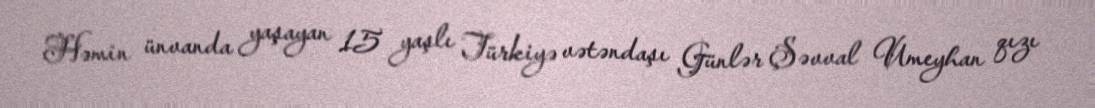
Həmin ünvanda yaşayan 15 yaşlı Türkiyə vətəndaşı Günlər Şəvval Umeyhan qızı